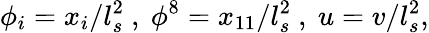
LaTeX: \phi_{i}=x_{i}/l_{s}^{2}~,~\phi^{8}=x_{11}/l_{s}^{2}~,~u=v/l_{s}^{2},